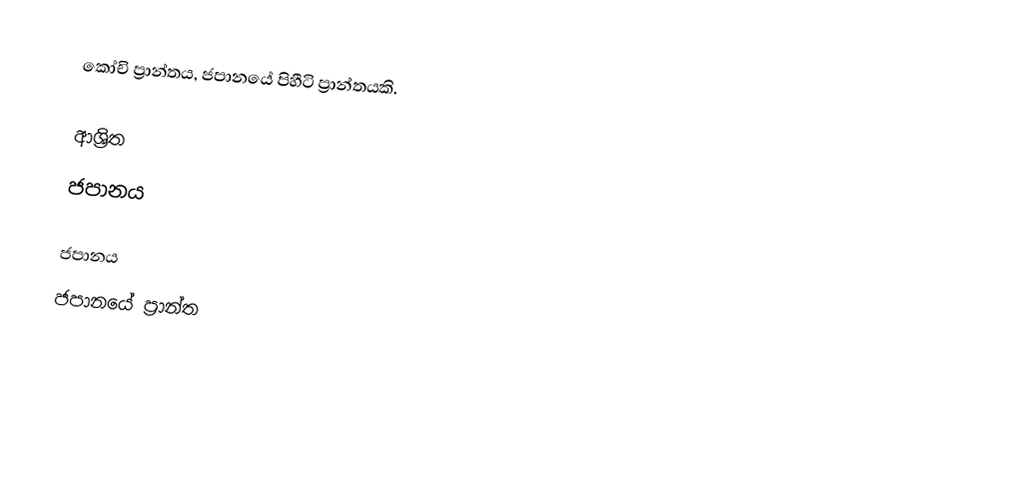
කෝචි ප්‍රාන්තය, ජපානයේ පිහීටි ප්‍රාන්තයකි.

ආශ්‍රිත
 ජපානය

ජපානය
ජපානයේ ප්‍රාන්ත